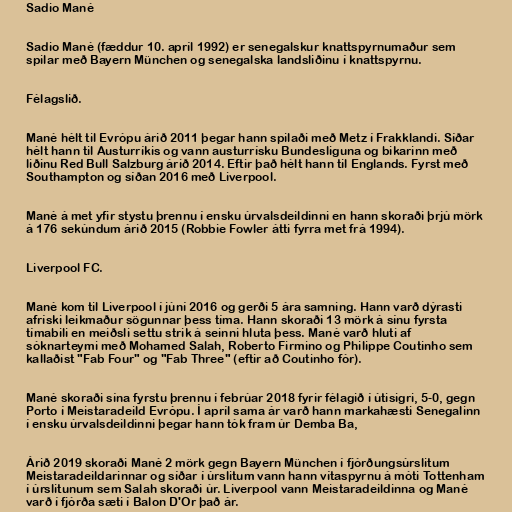
Sadio Mané

Sadio Mané (fæddur 10. apríl 1992) er senegalskur knattspyrnumaður sem
spilar með Bayern München og senegalska landsliðinu í knattspyrnu.

Félagslið.

Mané hélt til Evrópu árið 2011 þegar hann spilaði með Metz í Frakklandi. Síðar
hélt hann til Austurríkis og vann austurrísku Bundesliguna og bikarinn með
liðinu Red Bull Salzburg árið 2014. Eftir það hélt hann til Englands. Fyrst með
Southampton og síðan 2016 með Liverpool.

Mané á met yfir stystu þrennu í ensku úrvalsdeildinni en hann skoraði þrjú mörk
á 176 sekúndum árið 2015 (Robbie Fowler átti fyrra met frá 1994).

Liverpool FC.

Mané kom til Liverpool í júní 2016 og gerði 5 ára samning. Hann varð dýrasti
afríski leikmaður sögunnar þess tíma. Hann skoraði 13 mörk á sínu fyrsta
tímabili en meiðsli settu strik á seinni hluta þess. Mané varð hluti af
sóknarteymi með Mohamed Salah, Roberto Firmino og Philippe Coutinho sem
kallaðist "Fab Four" og "Fab Three" (eftir að Coutinho fór).

Mané skoraði sína fyrstu þrennu í febrúar 2018 fyrir félagið í útisigri, 5-0, gegn
Porto í Meistaradeild Evrópu. Í apríl sama ár varð hann markahæsti Senegalinn
í ensku úrvalsdeildinni þegar hann tók fram úr Demba Ba,

Árið 2019 skoraði Mané 2 mörk gegn Bayern München í fjórðungsúrslitum
Meistaradeildarinnar og síðar í úrslitum vann hann vítaspyrnu á móti Tottenham
í úrslitunum sem Salah skoraði úr. Liverpool vann Meistaradeildinna og Mané
varð í fjórða sæti í Balon D'Or það ár.